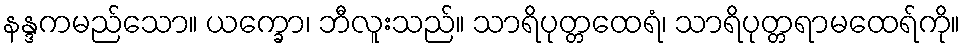
နန္ဒကမည်သော။ ယက္ခော၊ ဘီလူးသည်။ သာရိပုတ္တထေရံ၊ သာရိပုတ္တရာမထေရ်ကို။